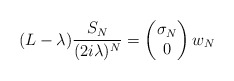
\begin{align*}(L-\lambda)\frac{S_N}{(2i\lambda)^N} = \begin{pmatrix}\sigma_N \\ 0\end{pmatrix}w_N\end{align*}